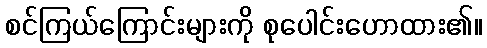
စင်ကြယ်ကြောင်းများကို စုပေါင်းဟောထား၏။